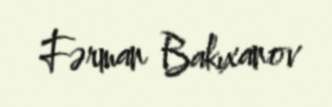
Fərman Bakıxanov